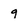
Character: 9